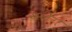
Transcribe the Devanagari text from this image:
सलेग